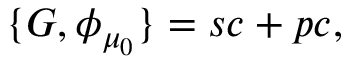
\{ G , \phi _ { \mu _ { 0 } } \} = s c + p c ,